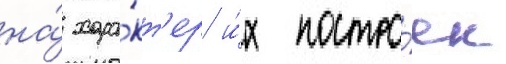
на́ хара́кт'ер и́х постро́ек